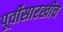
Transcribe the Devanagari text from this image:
पूर्वीसारखीच